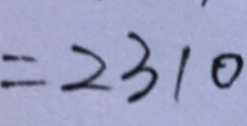
= 2 3 1 0